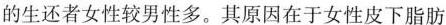
的生还者女性较男性多。其原因在于女性皮下脂肪